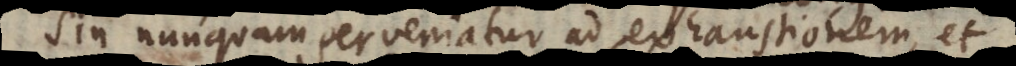
nec unquam perveniatur ad exhaustionem ver